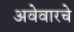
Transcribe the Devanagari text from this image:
अवेवारचे